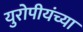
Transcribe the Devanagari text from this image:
युरोपीयंच्या